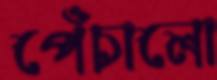
পেঁচালো